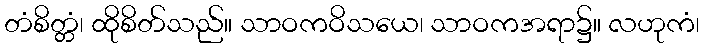
တံစိတ္တံ၊ ထိုစိတ်သည်။ သာဝကဝိသယေ၊ သာဝကအရာ၌။ လဟုကံ၊